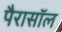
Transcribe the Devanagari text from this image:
पैरासॉल